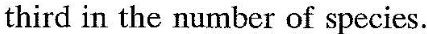
third in the number of species.